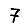
Digit: 7